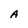
Character: A